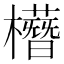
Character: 𣟞